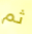
ثم